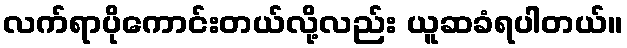
လက်ရာပိုကောင်းတယ်လို့လည်း ယူဆခံရပါတယ်။